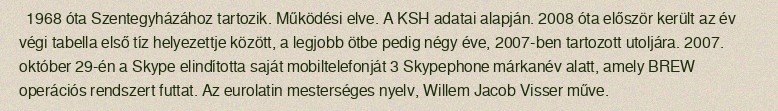
1968 óta Szentegyházához tartozik. Működési elve. A KSH adatai alapján. 2008 óta először került az év végi tabella első tíz helyezettje között, a legjobb ötbe pedig négy éve, 2007-ben tartozott utoljára. 2007. október 29-én a Skype elindította saját mobiltelefonját 3 Skypephone márkanév alatt, amely BREW operációs rendszert futtat. Az eurolatin mesterséges nyelv, Willem Jacob Visser műve.